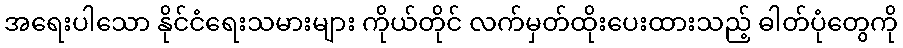
အရေးပါသော နိုင်ငံရေးသမားများ ကိုယ်တိုင် လက်မှတ်ထိုးပေးထားသည့် ဓါတ်ပုံတွေကို